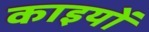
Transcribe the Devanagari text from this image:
काइयों